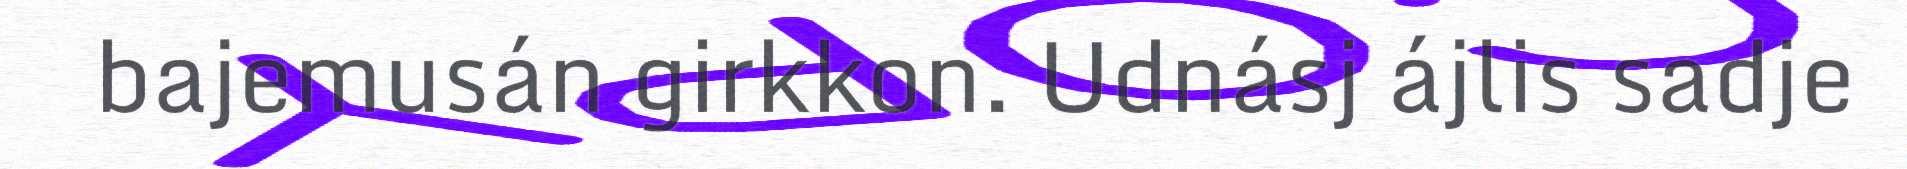
bajemusán girkkon. Udnásj ájlis sadje